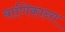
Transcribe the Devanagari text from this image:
बाणिकान्त